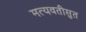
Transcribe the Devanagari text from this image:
मत्यवतीसुत